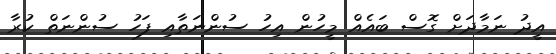
އީދު ނަމާދަށް ގޮސް ބައެއް މީހުން އިހު ސުންނަތާއި ފަހު ސުންނަތް ކުރާ